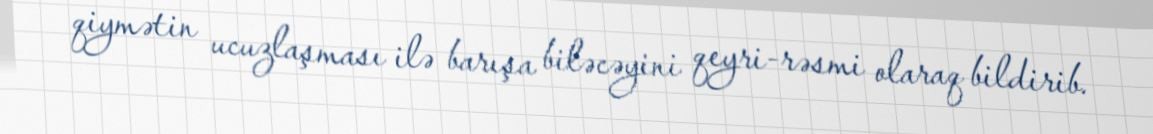
qiymətin ucuzlaşması ilə barışa biləcəyini qeyri-rəsmi olaraq bildirib.